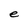
Character: e